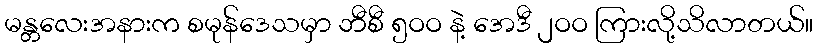
မန္တလေးအနားက စမုန်ဒေသမှာ ဘီစီ ၅ဝဝ နဲ့ အေဒီ ၂ဝဝ ကြားလို့သိလာတယ်။